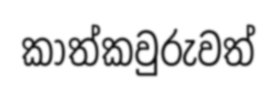
කාත්කවුරුවත්